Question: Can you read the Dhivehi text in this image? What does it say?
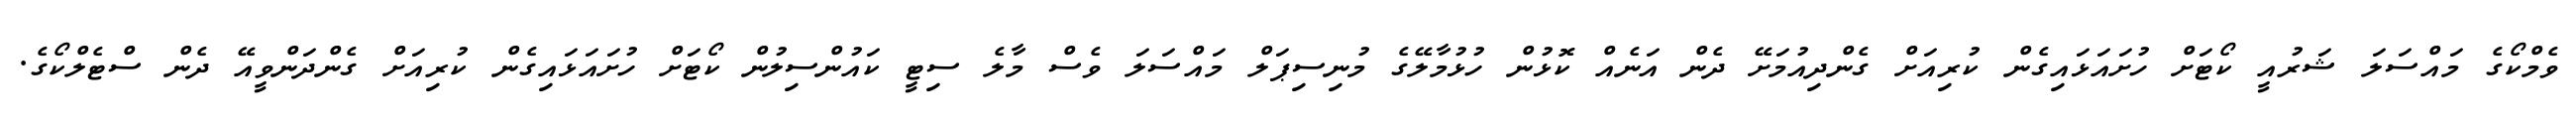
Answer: ވެމްކޯގެ މައްސަލަ ޝަރުއީ ކޯޓަށް ހުށައަޅައިގެން ކުރިއަށް ގެންދިއުމަށޭ ދެން އަނެއް ކޮޅުން ހުޅުމާލޭގެ މުނިސިޕަލް މައްސަލަ ވެސް މާލެ ސިޓީ ކައުންސިލުން ކޯޓަށް ހުށައަޅައިގެން ކުރިއަށް ގެންދަންވީއޭ ދެން ސްޓެލްކޯގެ.